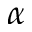
\alpha